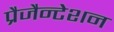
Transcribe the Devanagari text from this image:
प्रैजैन्टेशन